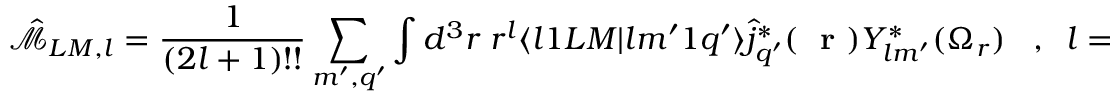
\hat { \mathcal { M } } _ { L M , l } = \frac { 1 } { ( 2 l + 1 ) ! ! } \sum _ { m ^ { \prime } , q ^ { \prime } } \int d ^ { 3 } r \; r ^ { l } \langle l 1 L M | l m ^ { \prime } 1 q ^ { \prime } \rangle \hat { j } _ { q ^ { \prime } } ^ { * } ( \mathrm { ~ \bf ~ r ~ } ) Y _ { l m ^ { \prime } } ^ { * } ( \Omega _ { r } ) \; \; \; , \; \; l = L , L \pm 1 \; ,